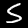
Label: 5